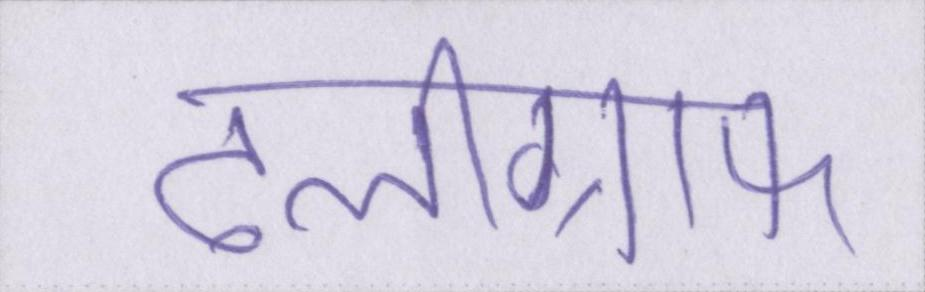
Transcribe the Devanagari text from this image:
टेलीग्राफ